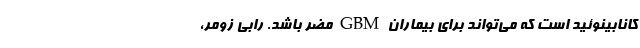
کانابینوئید است که می‌تواند برای بیماران GBM مضر باشد. رابی زومر،